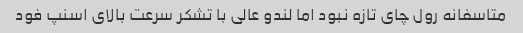
متاسفانه رول چای تازه نبود اما لندو عالی با تشکر سرعت بالای اسنپ فود